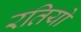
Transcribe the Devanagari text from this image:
रतियो